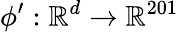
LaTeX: \phi^{\prime}:\mathbb{R}^{d}\rightarrow\mathbb{R}^{201}